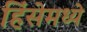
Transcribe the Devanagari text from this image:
हिंसेमध्ये